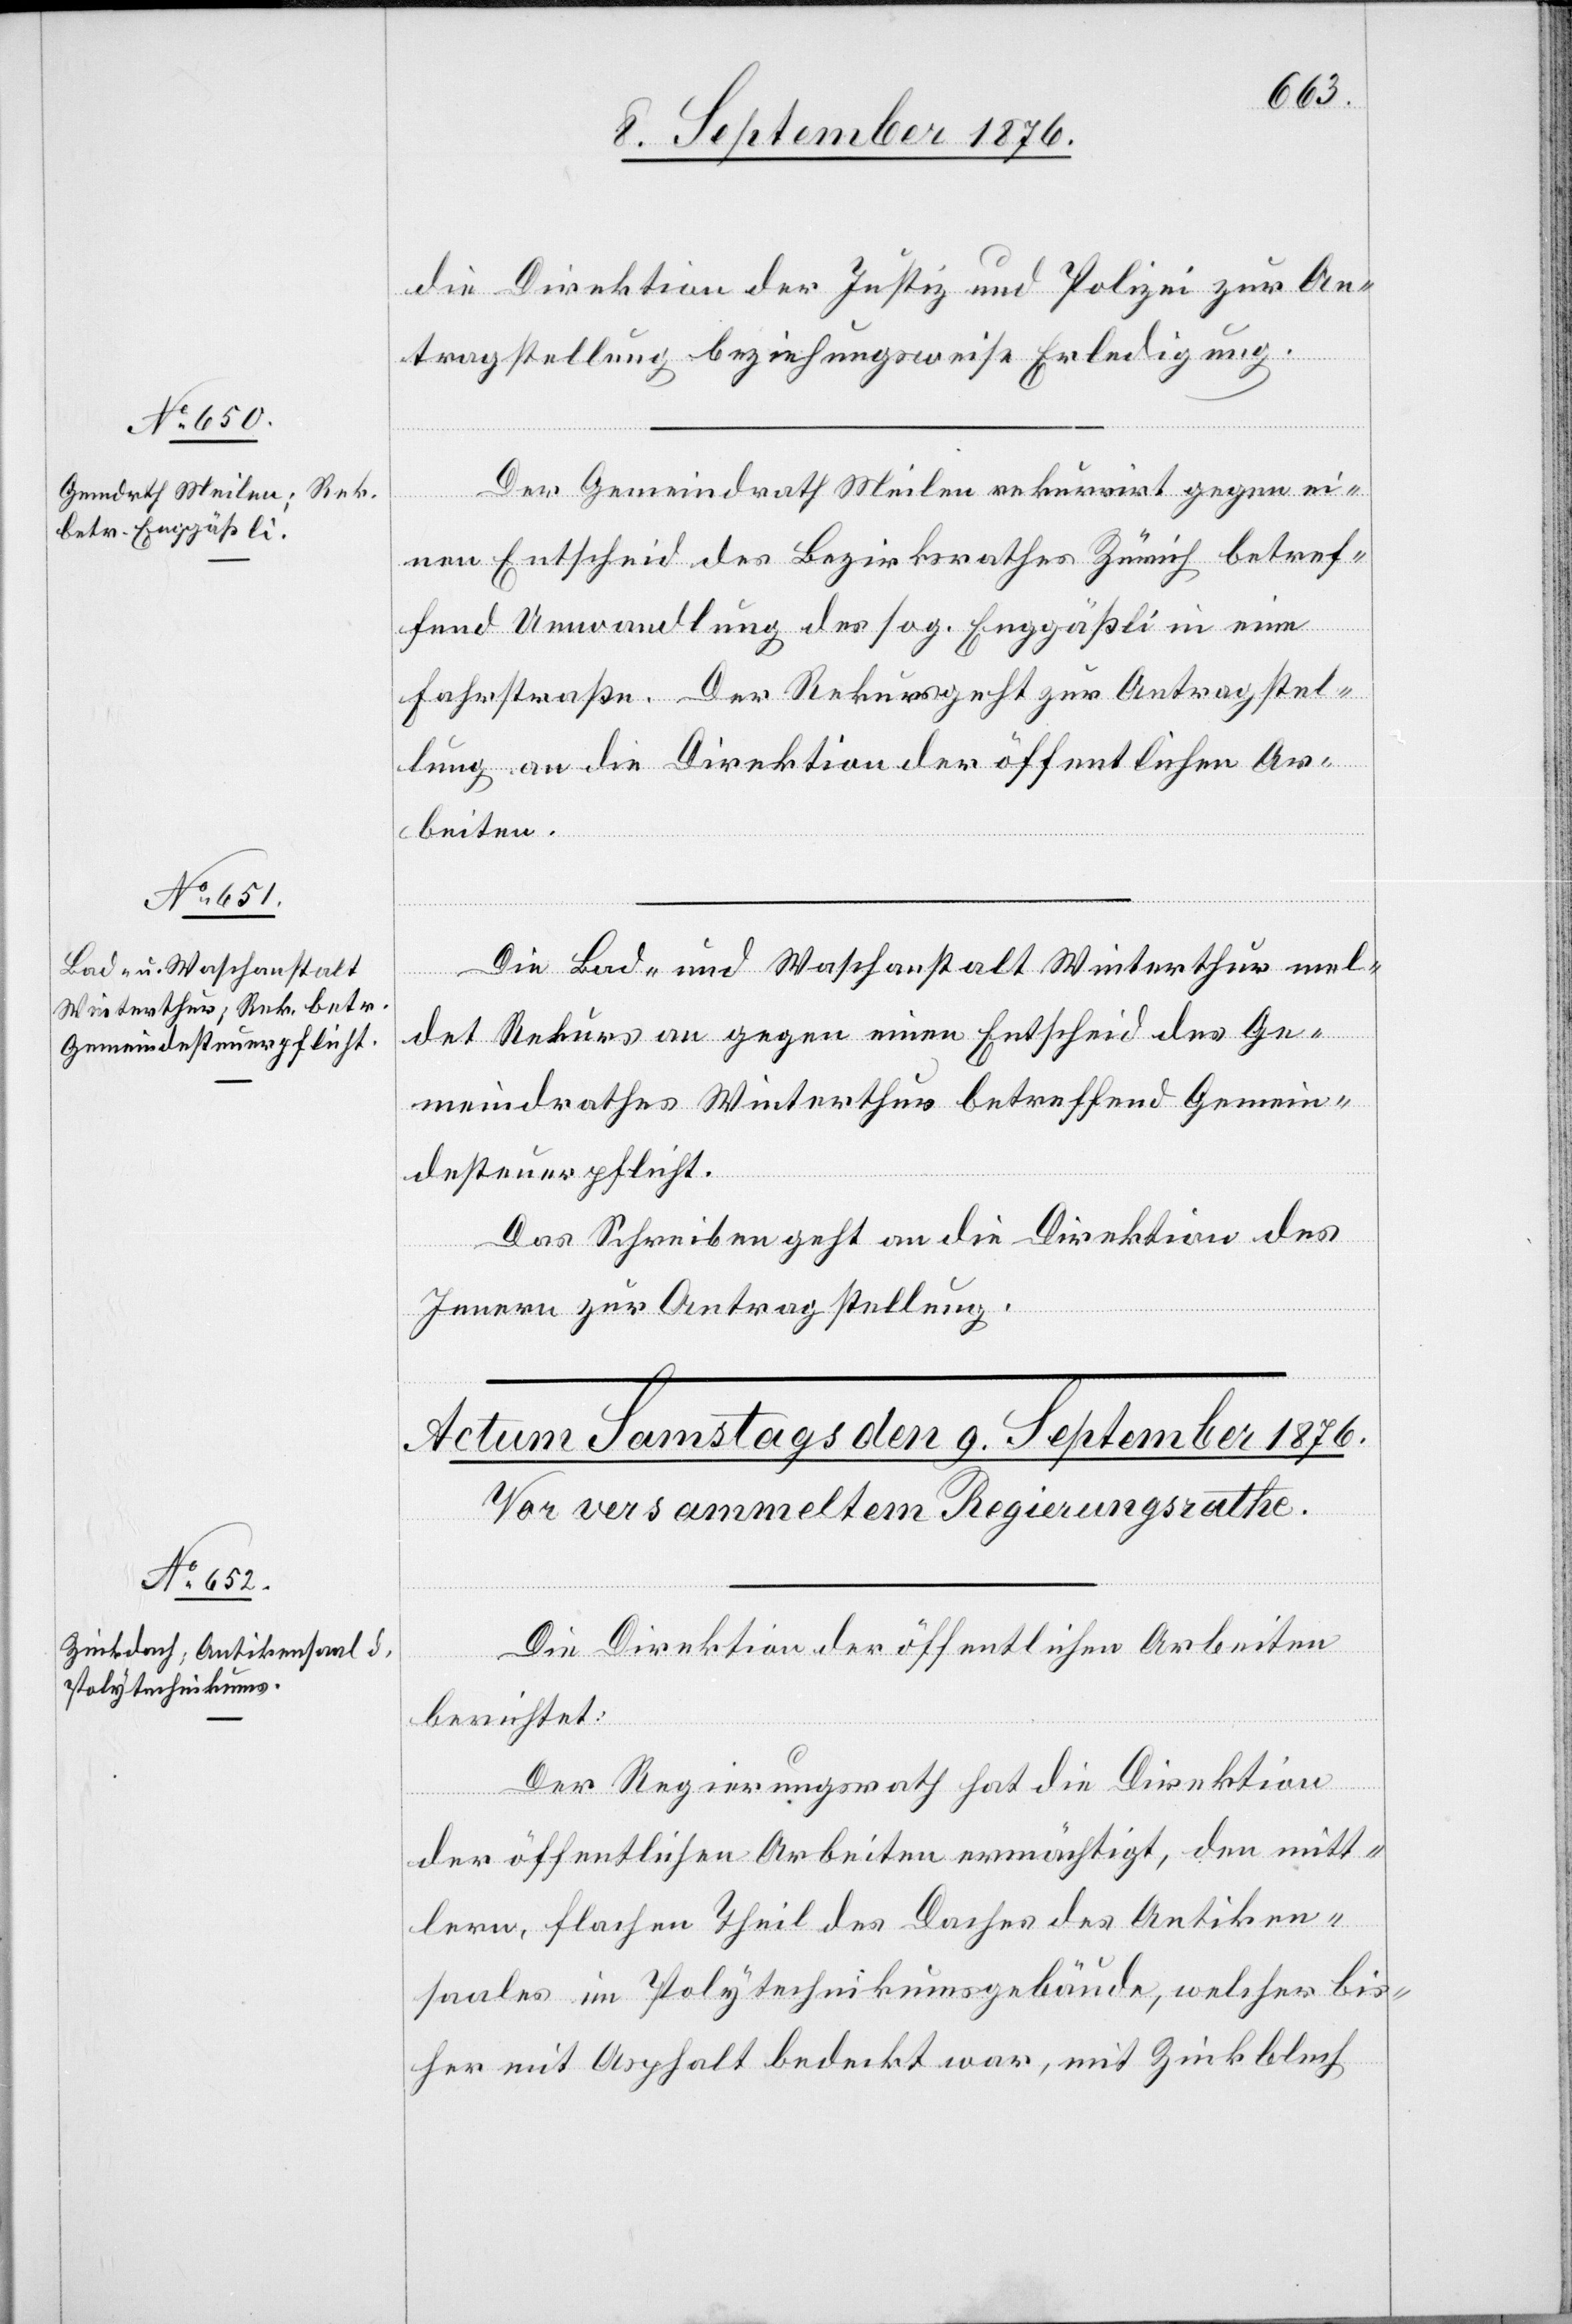
8. September 1876.]
die Direktion der Justiz und Polizei zur An¬
tragstellung beziehungsweise Erledigung.
Der Gemeindrath Meilen rekurrirt gegen ei¬
nen Entscheid des Bezirksrathes Zürich betref¬
fend Umwandlung des sog. Enggäßli in eine
Fahrstraße. Der Rekurs geht zur Antragstel¬
lung an die Direktion der öffentlichen Ar¬
beiten.
Die Bad- und Waschanstalt Winterthur mel¬
det Rekurs an gegen einen Entscheid des Ge¬
meindrathes Winterthur betreffend Gemein¬
desteuerpflicht.
Das Schreiben geht an die Direktion des
Innern zur Antragstellung.
Die Direktion der öffentlichen Arbeiten
berichtet:
Der Regierungsrath hat die Direktion
der öffentlichen Arbeiten ermächtigt, den mitt¬
lern, flachen Theil des Daches des Antiken¬
saales im Polytechnikumsgebäude, welcher bis¬
her mit Asphalt bedeckt war, mit Zinkblech